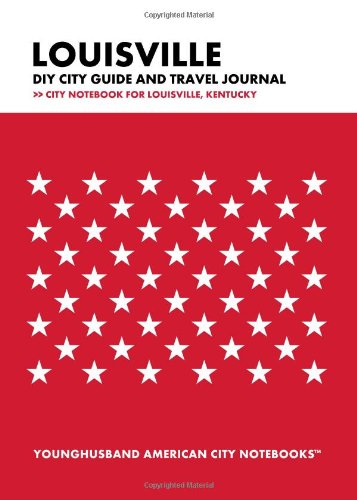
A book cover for Louisville DIY City Guide and Travel Journal: City Notebook for Louisville, Kentucky; Younghusband American City Notebooks; Travel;